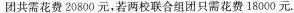
团共需花费 20800 元，若两校联合组团只需花费 18000 元.